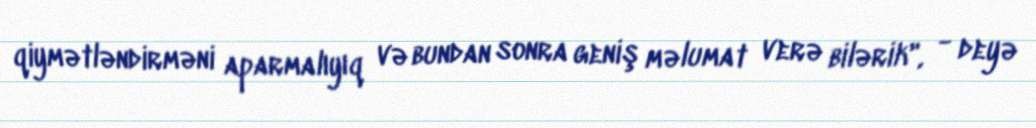
qiymətləndirməni aparmalıyıq və bundan sonra geniş məlumat verə bilərik", - deyə